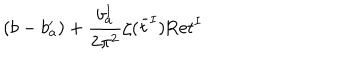
LaTeX: ( b - b _ { a } ^ { \prime } ) + { \frac { b _ { a } ^ { I } } { 2 \pi ^ { 2 } } } \zeta ( \bar { t } ^ { I } ) \mathrm { R e } t ^ { I }